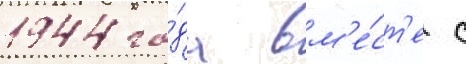
1944 го́да вм'е́ст'е с